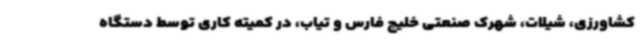
کشاورزی، شیلات، شهرک صنعتی خلیج فارس و تیاب، در کمیته کاری توسط دستگاه